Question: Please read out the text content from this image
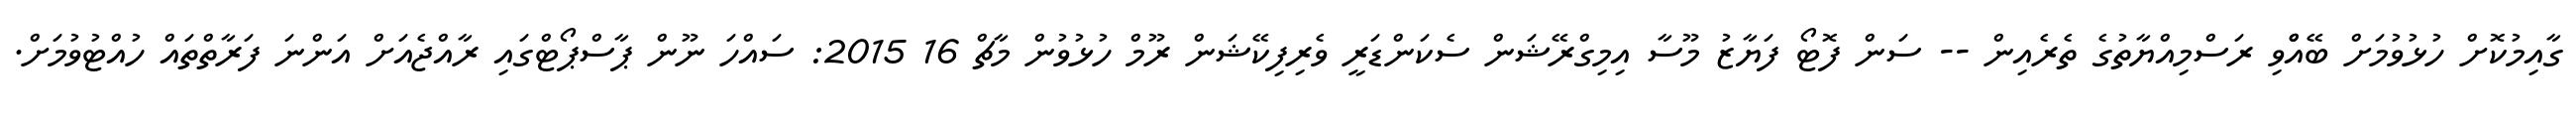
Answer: ގާއިމުކޮށް ހުޅުވުމަށް ބޭއްްވި ރަސްމިއްޔާތުގެ ތެރެއިން -- ސަން ފޮޓޯ ފަޔާޒު މޫސާ އިމިގްރޭޝަން ސެކަންޑަރީ ވެރިފިކޭޝަން ރޫމް ހުޅުވުން މާޗް 16 2015: ސައްހަ ނޫން ޕާސްޕޯޓްގައި ރާއްޖެއަށް އަންނަ ފަރާތްތައް ހުއްޓުވުމަށް.